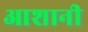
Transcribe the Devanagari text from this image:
आशानी